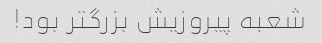
شعبه پیروزیش بزرگتر بود!